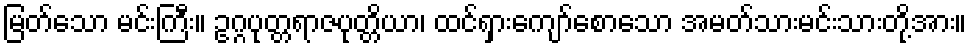
မြတ်သော မင်းကြီး။ ဥဂ္ဂပုတ္တရာဇပုတ္တိယာ၊ ထင်ရှားကျော်စောသော အမတ်သားမင်းသားတို့အား။